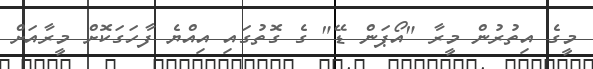
މީގެ އިތުރުން މީރާ "އޯޕަން ޑޭ" ގެ ގޮތުގައި އިއްޔެ ފާހަގަކޮށް މީރާއަށް